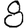
Digit: 8